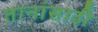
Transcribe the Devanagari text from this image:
तानांसाठी